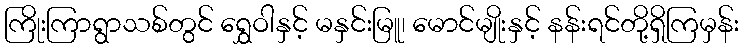
ကြိုးကြာရွာသစ်တွင် ရွှေဝါနှင့် မနှင်းမြူ၊ မောင်မျိုးနှင့် နန်းရင်တို့ရှိကြမှန်း